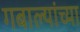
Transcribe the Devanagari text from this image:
गबाल्यांच्या